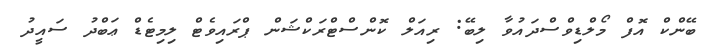
ބޭންކް އޮފް މޯލްޑިވްސްދައުވާ ލިބޭ: ރިއަލް ކޮންސްޓްރަކްޝަން ޕްރައިވެޓް ލިމިޓެޑް ޢަބްދު ސައީދު